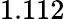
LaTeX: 1.112